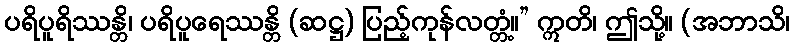
ပရိပူရိဿန္တိ၊ ပရိပူရေဿန္တိ (ဆဋ္ဌ) ပြည့်ကုန်လတ္တံ့။” ဣတိ၊ ဤသို့။ (အဘာသိ၊